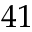
4 1